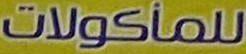
للمأكولات